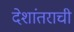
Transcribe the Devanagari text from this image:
देशांतराची